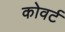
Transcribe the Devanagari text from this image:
कोवर्ट